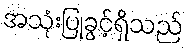
အသုံးပြုခွင့်ရှိသည်